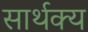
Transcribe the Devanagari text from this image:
सार्थक्य